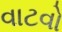
વાટવો